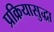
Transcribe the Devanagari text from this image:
प्रक्रियासुद्धा